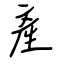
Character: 產